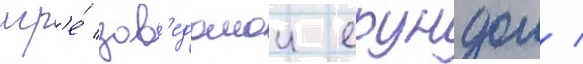
игр'е́ зав'едомои ерундои /